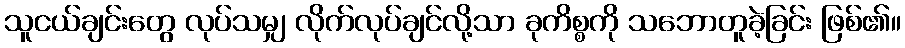
သူငယ်ချင်းတွေ လုပ်သမျှ လိုက်လုပ်ချင်လို့သာ ခုကိစ္စကို သဘောတူခဲ့ခြင်း ဖြစ်၏။